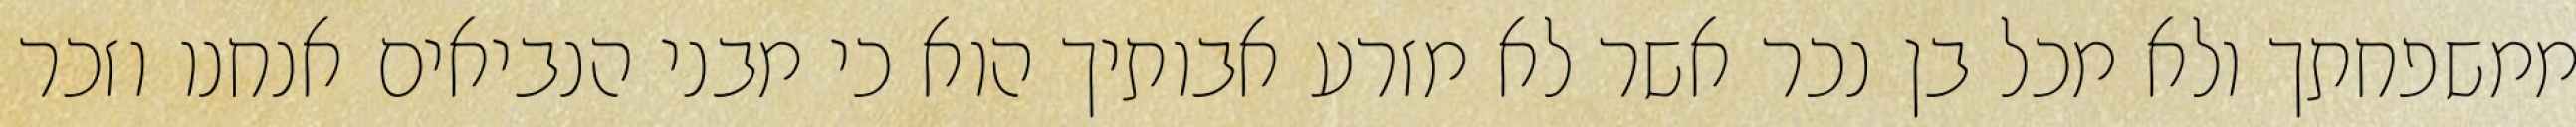
ממשפחתך ולא מכל בן נכר אשר לא מזרע אבותיך הוא כי מבני הנביאים אנחנו וזכר